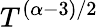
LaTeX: T^{(\alpha-3)/2}